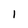
Character: 1